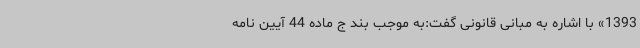
1393» با اشاره به مبانی قانونی گفت:به موجب بند ج ماده 44 آیین نامه